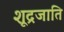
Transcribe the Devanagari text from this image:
शूद्रजाति